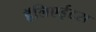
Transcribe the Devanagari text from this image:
हॅलिएईटस